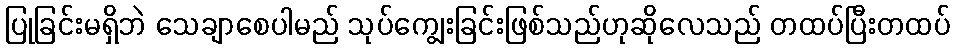
ပြုခြင်းမရှိဘဲ သေချာစေပါမည် သုပ်ကျွေးခြင်းဖြစ်သည်ဟုဆိုလေသည် တထပ်ပြီးတထပ်